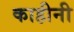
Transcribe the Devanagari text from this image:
काहीनी